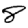
Digit: 8